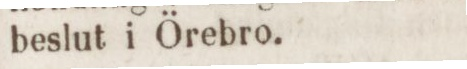
beslut i Örebro.